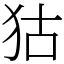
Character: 狜